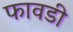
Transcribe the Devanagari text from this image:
फावडी